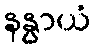
နနွာယံ